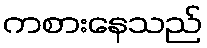
ကစားနေသည်